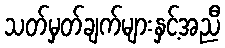
သတ်မှတ်ချက်များနှင့်အညီ